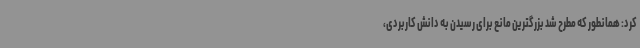
کرد: همانطور که مطرح شد بزرگترین مانع برای رسیدن به دانش کاربردی،